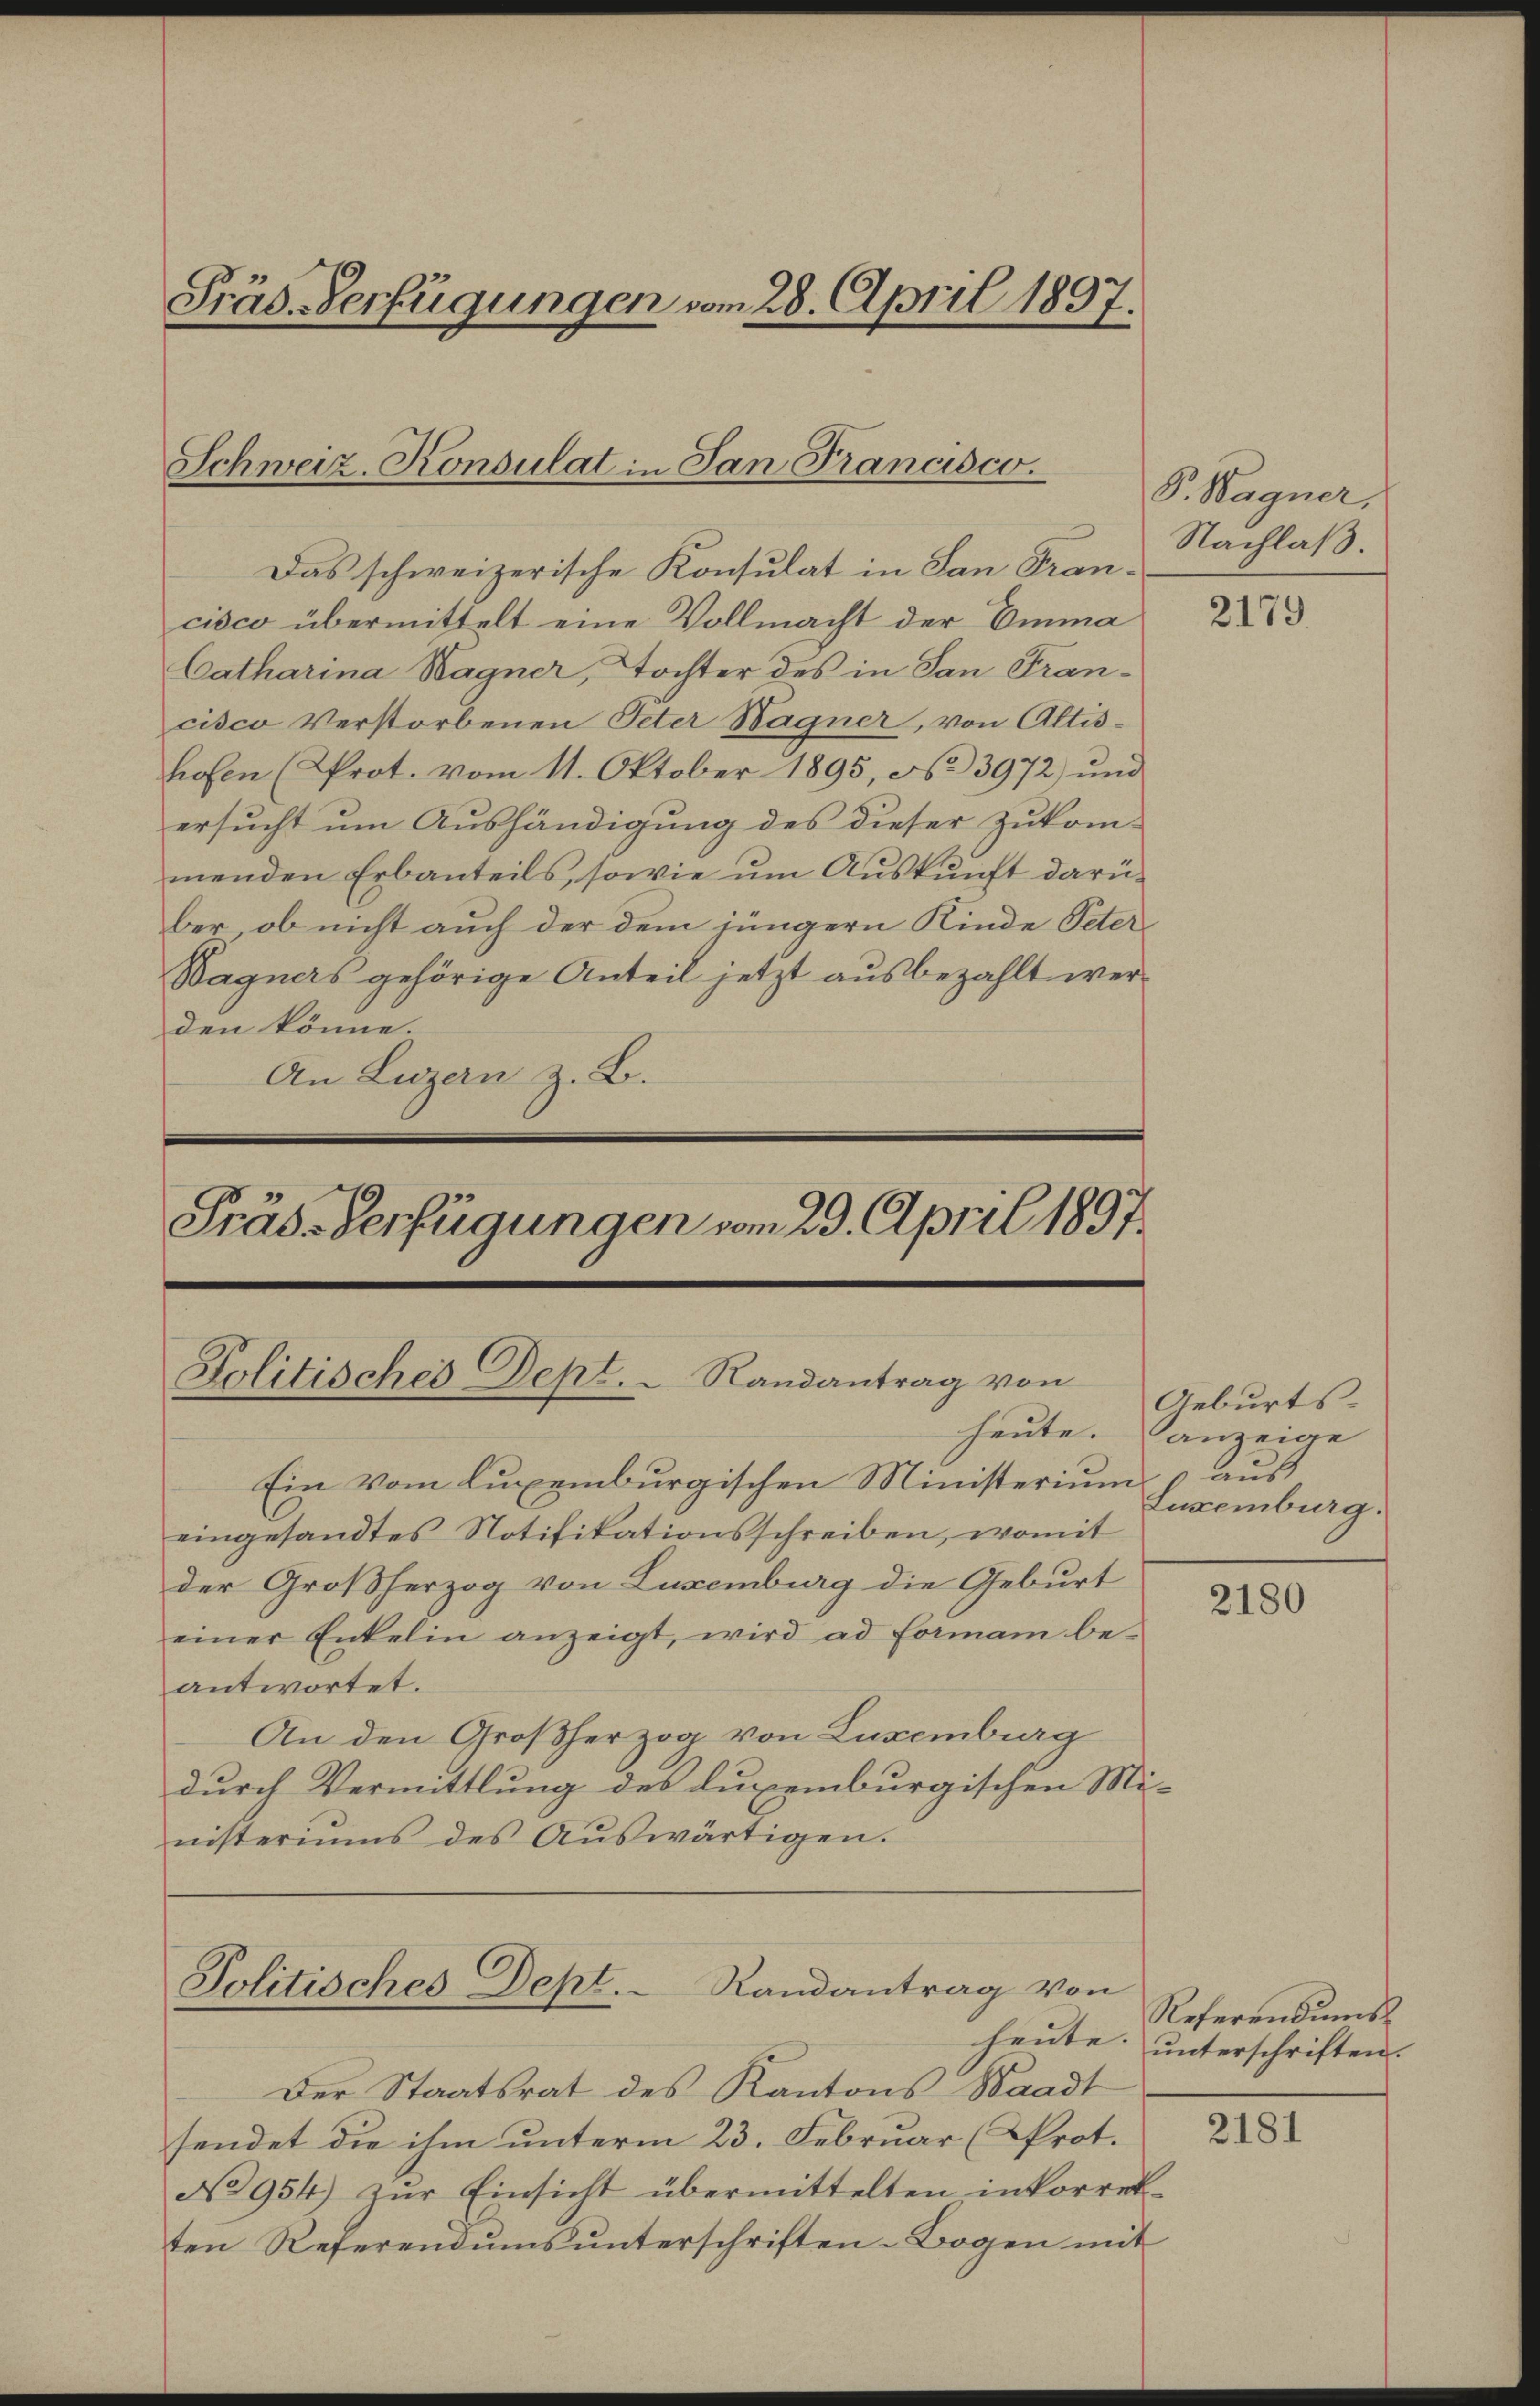
Präs. Verfügungen vom 28. April 1897.

Schweiz. Konsulat in San Francisco.

Politisches Dept.  Randantrag von

Präs-Verfügungen vom 23. April 1897

Das schweizerische Konsulat in San Francisco übermittelt eine Vollmacht der Emma
Catharina Wagner, Tochter des in San Francisco Verstorbenen Peter Sagner, von Altishofen (Prot. vom 11. Oktober 1895, No 3972) und
ersucht um Aushändigung des dieser zukom-
menden Erbanteils, sowie ŭm Aŭskŭnft darü-
ber, ob nicht auch der dem jüngern Kinde Peter
Wagners gehörige Anteil jetzt ausbezahlt werden könne.
An Luzern z. B.

Ein vom luxemburgischen Ministerium aus
eingesandtes Notifikationsschreiben, womit
der Großherzog von Luxenburg die Geburt
einer Enkelin anzeigt, wird ad Forman be-
antwortet.
An den Großherzog von Luxenburg
durch Vermittlung des Luxenburgischen Ministeriŭms des Aŭswärtigen.

Politisches Dept. Randantrag von
heute. |

Der Staatsrat des Kantons Waadt
sendet die ihm unterm 23. Februar (rot.
No 954) zŭr Einsicht übermittelten inkorrekten Referendŭms ŭnterschriften Bogen mit

P. Wagner,
Nachlaß.

2179

Geburtsheute. anzeige
Zuxenburg.

2180

Referendums
unterschriften.

2181